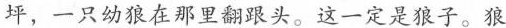
坪，一只幼狼在那里翻跟头。这一定是狼子。狼